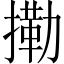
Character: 𢳝